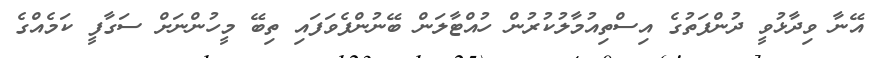
އޭނާ ވިދާޅުވީ ދުންފަތުގެ އިސްތިއުމާލުކުރުން ހުއްޓާލަން ބޭނުންފެވަފައި ތިބޭ މީހުންނަށް ސަގާފީ ކަމެއްގެ